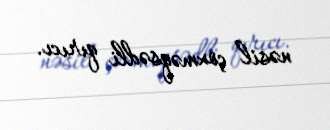
nəsil çoxməqsədli qırıcı.